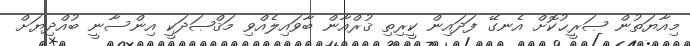
މިއާޔަތުން ޞަރީޙުކޮށް އެނގޭ ފަދައިން ކީރިތި ޤުރްއާން ބާވައިލެއްވި މަޤްޞަދަކީ އިންސާނީ ބުއްދިޔަށް